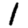
Digit: 1